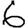
Digit: 6